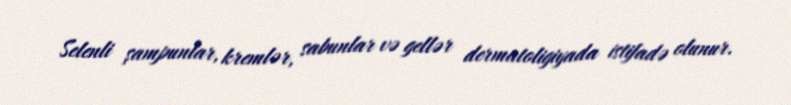
Selenli şampunlar, kremlər, sabunlar və gellər dermatoligiyada istifadə olunur.